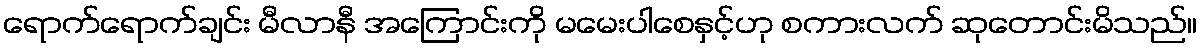
ရောက်ရောက်ချင်း မီလာနီ အကြောင်းကို မမေးပါစေနှင့်ဟု စကားလက် ဆုတောင်းမိသည်။